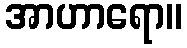
အာဟာရော။